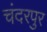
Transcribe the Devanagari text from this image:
चंदरपुर